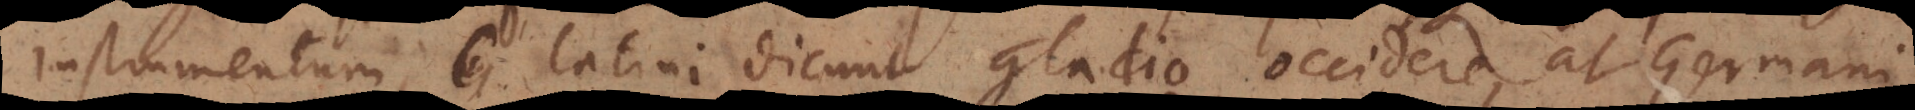
instrumentum, Latini dicunt gladio occidere, at Germani,